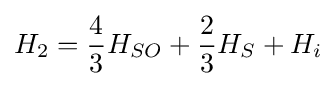
H_{2}={4 \over 3}H_{SO}+{2 \over 3}H_{S}+H_{i}